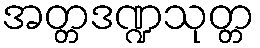
အတ္တဒဏ္ဍသုတ္တ